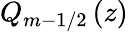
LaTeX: Q_{m-1/2}\left(z\right)